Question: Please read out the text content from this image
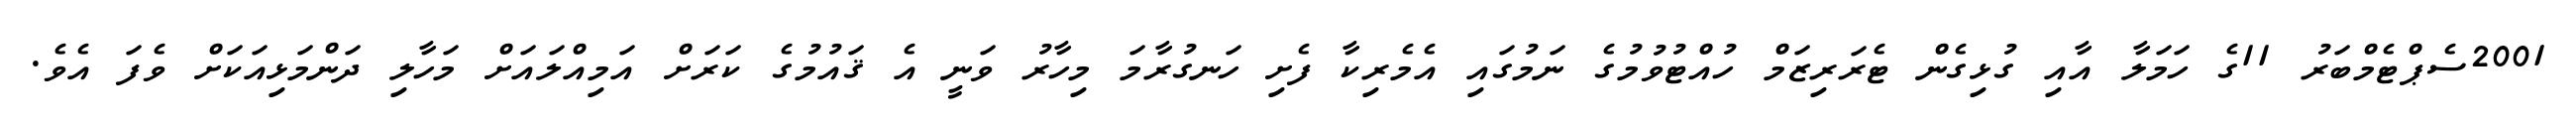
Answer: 2001ސެޕްޓެމްބަރު 11ގެ ހަމަލާ އާއި ގުޅިގެން ޓެރަރިޒަމް ހުއްޓުވުމުގެ ނަމުގައި އެމެރިކާ ފެށި ހަނގުރާމަ މިހާރު ވަނީ އެ ޤައުމުގެ ކަރަށް އަމިއްލައަށް މަހާލި ދަންމަޅިއަކަށް ވެފަ އެވެ.